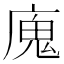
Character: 廆